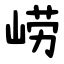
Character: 崂